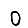
Digit: 0